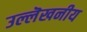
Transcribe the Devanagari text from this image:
उल्लॆखनीय